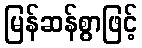
မြန်ဆန်စွာဖြင့်